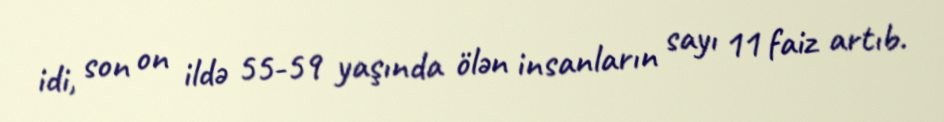
idi, son on ildə 55-59 yaşında ölən insanların sayı 11 faiz artıb.